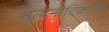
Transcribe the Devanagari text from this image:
नृत्यनाटिकाओं